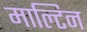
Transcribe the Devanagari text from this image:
माल्टिन